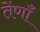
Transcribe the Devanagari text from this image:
तेंणाँ